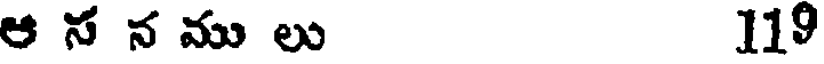
ఆ స న ము లు 119